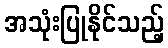
အသုံးပြုနိုင်သည့်